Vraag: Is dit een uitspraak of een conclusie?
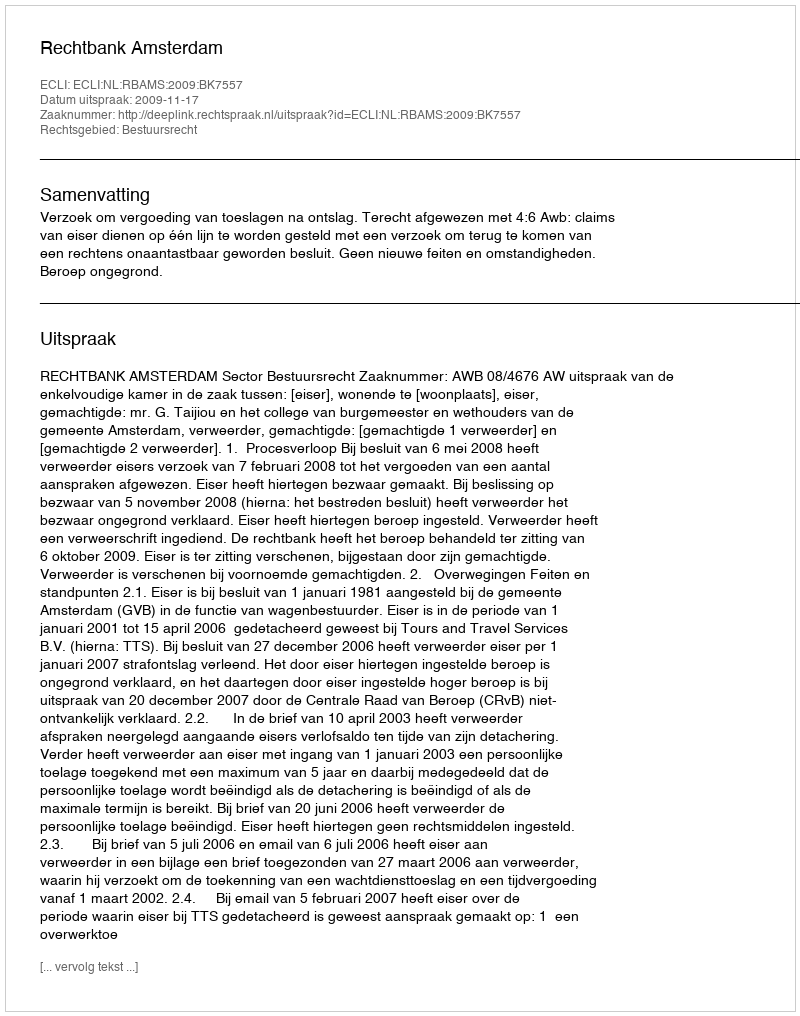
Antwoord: Uitspraak